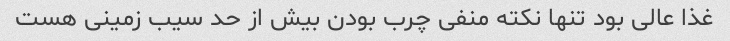
غذا عالی بود تنها نکته منفی چرب بودن بیش از حد سیب زمینی هست